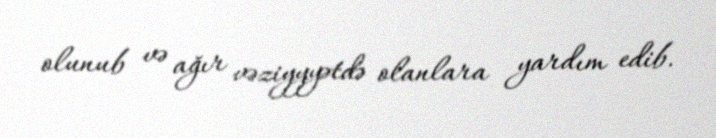
olunub və ağır vəziyyyətdə olanlara yardım edib.